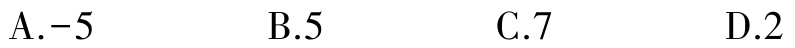
A.-5  B.5  C.7  D.2